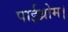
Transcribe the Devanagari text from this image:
पाईथ्रोम।